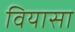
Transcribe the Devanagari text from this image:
वियासा